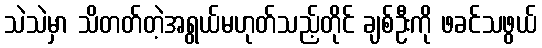
သဲသဲမှာ သိတတ်တဲ့အရွယ်မဟုတ်သည့်တိုင် ချစ်ဦးကို ဖခင်သဖွယ်